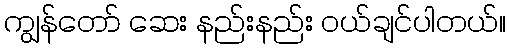
ကျွန်တော် ဆေး နည်းနည်း ဝယ်ချင်ပါတယ်။